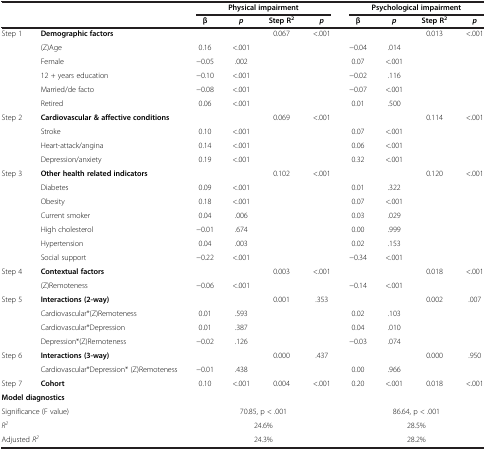
<table><thead><tr><td><b> </b></td><td><b> </b></td><td colspan="4"><b>Physical impairment</b></td><td colspan="4"><b>Psychological impairment</b></td></tr></thead><tbody><tr><td> </td><td> </td><td><b>β</b></td><td><b><i>p</i></b></td><td><b>Step R</b><sup><b>2</b></sup></td><td><b><i>p</i></b></td><td><b>β</b></td><td><b><i>p</i></b></td><td><b>Step R</b><sup><b>2</b></sup></td><td><b><i>p</i></b></td></tr><tr><td>Step 1</td><td><b>Demographic factors</b></td><td> </td><td> </td><td>0.067</td><td>&lt;.001</td><td> </td><td> </td><td>0.013</td><td>&lt;.001</td></tr><tr><td> </td><td>(Z)Age</td><td>0.16</td><td>&lt;.001</td><td rowspan="5"> </td><td rowspan="5"> </td><td>−0.04</td><td>.014</td><td rowspan="5"> </td><td rowspan="5"> </td></tr><tr><td> </td><td>Female</td><td>−0.05</td><td>.002</td><td>0.07</td><td>&lt;.001</td></tr><tr><td> </td><td>12 + years education</td><td>−0.10</td><td>&lt;.001</td><td>−0.02</td><td>.116</td></tr><tr><td> </td><td>Married/de facto</td><td>−0.08</td><td>&lt;.001</td><td>−0.07</td><td>&lt;.001</td></tr><tr><td> </td><td>Retired</td><td>0.06</td><td>&lt;.001</td><td>0.01</td><td>.500</td></tr><tr><td>Step 2</td><td><b>Cardiovascular &amp;</b><b>affective conditions</b></td><td> </td><td> </td><td>0.069</td><td>&lt;.001</td><td> </td><td> </td><td>0.114</td><td>&lt;.001</td></tr><tr><td> </td><td>Stroke</td><td>0.10</td><td>&lt;.001</td><td rowspan="3"> </td><td rowspan="3"> </td><td>0.07</td><td>&lt;.001</td><td rowspan="3"> </td><td rowspan="3"> </td></tr><tr><td> </td><td>Heart-attack/angina</td><td>0.14</td><td>&lt;.001</td><td>0.06</td><td>&lt;.001</td></tr><tr><td> </td><td>Depression/anxiety</td><td>0.19</td><td>&lt;.001</td><td>0.32</td><td>&lt;.001</td></tr><tr><td>Step 3</td><td><b>Other health related indicators</b></td><td> </td><td> </td><td>0.102</td><td>&lt;.001</td><td> </td><td> </td><td>0.120</td><td>&lt;.001</td></tr><tr><td> </td><td>Diabetes</td><td>0.09</td><td>&lt;.001</td><td rowspan="6"> </td><td rowspan="6"> </td><td>0.01</td><td>.322</td><td rowspan="6"> </td><td rowspan="6"> </td></tr><tr><td> </td><td>Obesity</td><td>0.18</td><td>&lt;.001</td><td>0.07</td><td>&lt;.001</td></tr><tr><td> </td><td>Current smoker</td><td>0.04</td><td>.006</td><td>0.03</td><td>.029</td></tr><tr><td> </td><td>High cholesterol</td><td>−0.01</td><td>.674</td><td>0.00</td><td>.999</td></tr><tr><td> </td><td>Hypertension</td><td>0.04</td><td>.003</td><td>0.02</td><td>.153</td></tr><tr><td> </td><td>Social support</td><td>−0.22</td><td>&lt;.001</td><td>−0.34</td><td>&lt;.001</td></tr><tr><td>Step 4</td><td><b>Contextual factors</b></td><td> </td><td> </td><td>0.003</td><td>&lt;.001</td><td> </td><td> </td><td>0.018</td><td>&lt;.001</td></tr><tr><td> </td><td>(Z)Remoteness</td><td>−0.06</td><td>&lt;.001</td><td> </td><td> </td><td>−0.14</td><td>&lt;.001</td><td> </td><td> </td></tr><tr><td>Step 5</td><td><b>Interactions (2-way)</b></td><td> </td><td> </td><td>0.001</td><td>.353</td><td> </td><td> </td><td>0.002</td><td>.007</td></tr><tr><td> </td><td>Cardiovascular*(Z)Remoteness</td><td>0.01</td><td>.593</td><td rowspan="3"> </td><td rowspan="3"> </td><td>0.02</td><td>.103</td><td rowspan="3"> </td><td rowspan="3"> </td></tr><tr><td> </td><td>Cardiovascular*Depression</td><td>0.01</td><td>.387</td><td>0.04</td><td>.010</td></tr><tr><td> </td><td>Depression*(Z)Remoteness</td><td>−0.02</td><td>.126</td><td>−0.03</td><td>.074</td></tr><tr><td>Step 6</td><td><b>Interactions (3-way)</b></td><td> </td><td> </td><td>0.000</td><td>.437</td><td> </td><td> </td><td>0.000</td><td>.950</td></tr><tr><td> </td><td>Cardiovascular*Depression* (Z)Remoteness</td><td>−0.01</td><td>.438</td><td> </td><td> </td><td>0.00</td><td>.966</td><td> </td><td> </td></tr><tr><td>Step 7</td><td><b>Cohort</b></td><td>0.10</td><td>&lt;.001</td><td>0.004</td><td>&lt;.001</td><td>0.20</td><td>&lt;.001</td><td>0.018</td><td>&lt;.001</td></tr><tr><td colspan="2"><b>Model diagnostics</b></td><td> </td><td> </td><td> </td><td> </td><td> </td><td> </td><td> </td><td> </td></tr><tr><td colspan="2">Significance (F value)</td><td colspan="4">70.85, p &lt; .001</td><td colspan="4">86.64, p &lt; .001</td></tr><tr><td colspan="2"><i>R</i><sup><i>2</i></sup></td><td colspan="4">24.6%</td><td colspan="4">28.5%</td></tr><tr><td colspan="2">Adjusted <i>R</i><sup><i>2</i></sup></td><td colspan="4">24.3%</td><td colspan="4">28.2%</td></tr></tbody></table>